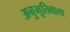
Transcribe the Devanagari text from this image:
अनुभूतिवाला